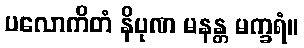
ပလောကိတံ နိပုဏ မနန္တ မက္ခရံ။